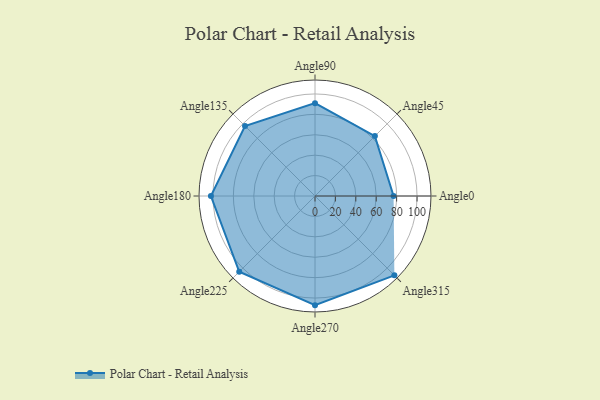
{"axis": {"x": "Angle", "y": "Radius"}, "legend": [""], "data": [{"x": "Angle0", "y": 77.0, "type": ""}, {"x": "Angle45", "y": 83.0, "type": ""}, {"x": "Angle90", "y": 91.0, "type": ""}, {"x": "Angle135", "y": 97.0, "type": ""}, {"x": "Angle180", "y": 102.0, "type": ""}, {"x": "Angle225", "y": 105.0, "type": ""}, {"x": "Angle270", "y": 107.0, "type": ""}, {"x": "Angle315", "y": 110.0, "type": ""}]}